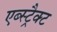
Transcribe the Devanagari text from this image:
एब्स्ट्रैक्ट